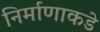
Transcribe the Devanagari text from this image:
निर्माणाकडे